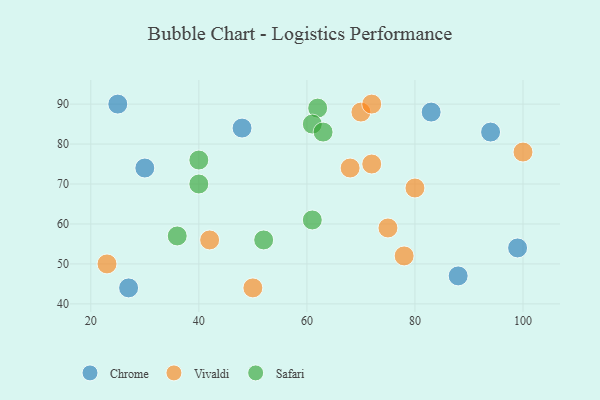
{"axis": {"x": "GDP", "y": "Life Expectancy"}, "legend": ["Chrome", "Safari", "Vivaldi"], "data": [{"x": "88", "y": 47, "type": "Chrome"}, {"x": "27", "y": 44, "type": "Chrome"}, {"x": "99", "y": 54, "type": "Chrome"}, {"x": "30", "y": 74, "type": "Chrome"}, {"x": "25", "y": 90, "type": "Chrome"}, {"x": "48", "y": 84, "type": "Chrome"}, {"x": "83", "y": 88, "type": "Chrome"}, {"x": "94", "y": 83, "type": "Chrome"}, {"x": "75", "y": 59, "type": "Vivaldi"}, {"x": "100", "y": 78, "type": "Vivaldi"}, {"x": "68", "y": 74, "type": "Vivaldi"}, {"x": "80", "y": 69, "type": "Vivaldi"}, {"x": "70", "y": 88, "type": "Vivaldi"}, {"x": "72", "y": 75, "type": "Vivaldi"}, {"x": "50", "y": 44, "type": "Vivaldi"}, {"x": "23", "y": 50, "type": "Vivaldi"}, {"x": "42", "y": 56, "type": "Vivaldi"}, {"x": "78", "y": 52, "type": "Vivaldi"}, {"x": "72", "y": 90, "type": "Vivaldi"}, {"x": "52", "y": 56, "type": "Safari"}, {"x": "40", "y": 70, "type": "Safari"}, {"x": "62", "y": 89, "type": "Safari"}, {"x": "40", "y": 76, "type": "Safari"}, {"x": "61", "y": 85, "type": "Safari"}, {"x": "36", "y": 57, "type": "Safari"}, {"x": "63", "y": 83, "type": "Safari"}, {"x": "61", "y": 61, "type": "Safari"}]}